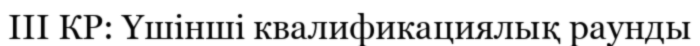
ІІІ КР: Үшінші квалификациялық раунды